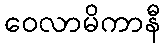
ဝေလာမိကာနီ